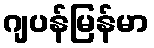
ဂျပန်မြန်မာ